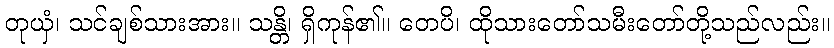
တုယှံ၊ သင်ချစ်သားအား။ သန္တိ၊ ရှိကုန်၏။ တေပိ၊ ထိုသားတော်သမီးတော်တို့သည်လည်း။